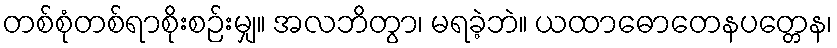
တစ်စုံတစ်ရာစိုးစဉ်းမျှ။ အလဘိတွာ၊ မရခဲ့ဘဲ။ ယထာဓောတေနပတ္တေန၊